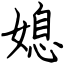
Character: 媳